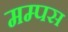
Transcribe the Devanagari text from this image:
मम्पस